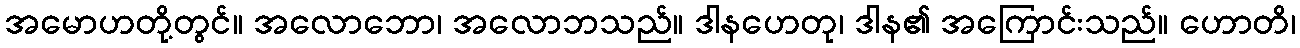
အမောဟတို့တွင်။ အလောဘော၊ အလောဘသည်။ ဒါနဟေတု၊ ဒါန၏ အကြောင်းသည်။ ဟောတိ၊